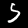
Digit: 5